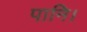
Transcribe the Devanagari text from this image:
पानि।